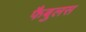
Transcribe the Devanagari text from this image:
फैबुलस